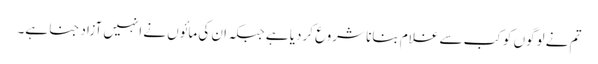
تم نے لوگوں کو کب سے غلام بنانا شروع کردیا ہے جبکہ ان کی مائوں نے انہیں آزاد جنا ہے۔